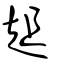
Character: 趄